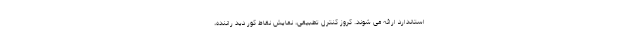
استاندارد ارائه می شوند. کروز کنترل تطبیقی، نمایش نقاط کور دید راننده،